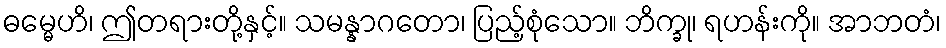
ဓမ္မေဟိ၊ ဤတရားတို့နှင့်။ သမန္နာဂတော၊ ပြည့်စုံသော။ ဘိက္ခု၊ ရဟန်းကို။ အာဘတံ၊